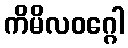
ကိမိလဝဂ္ဂေါ